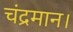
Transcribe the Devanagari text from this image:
चंद्रमान।